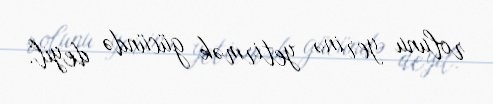
rolunu yerinə yetirmək gücündə deyil.